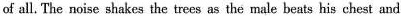
of all. The noise shakes the trees as the male beats his chest and